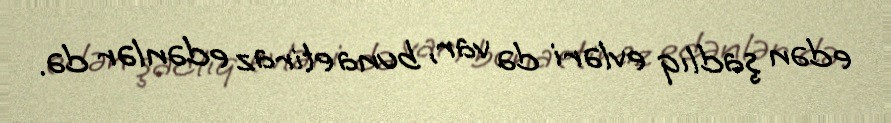
edən şadlıq evləri də var, buna etiraz edənlər də.